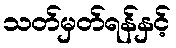
သတ်မှတ်ရန်နှင့်